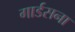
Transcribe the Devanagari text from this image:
गार्डसना